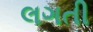
લગતી